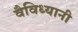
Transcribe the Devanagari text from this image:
वैविध्यानी